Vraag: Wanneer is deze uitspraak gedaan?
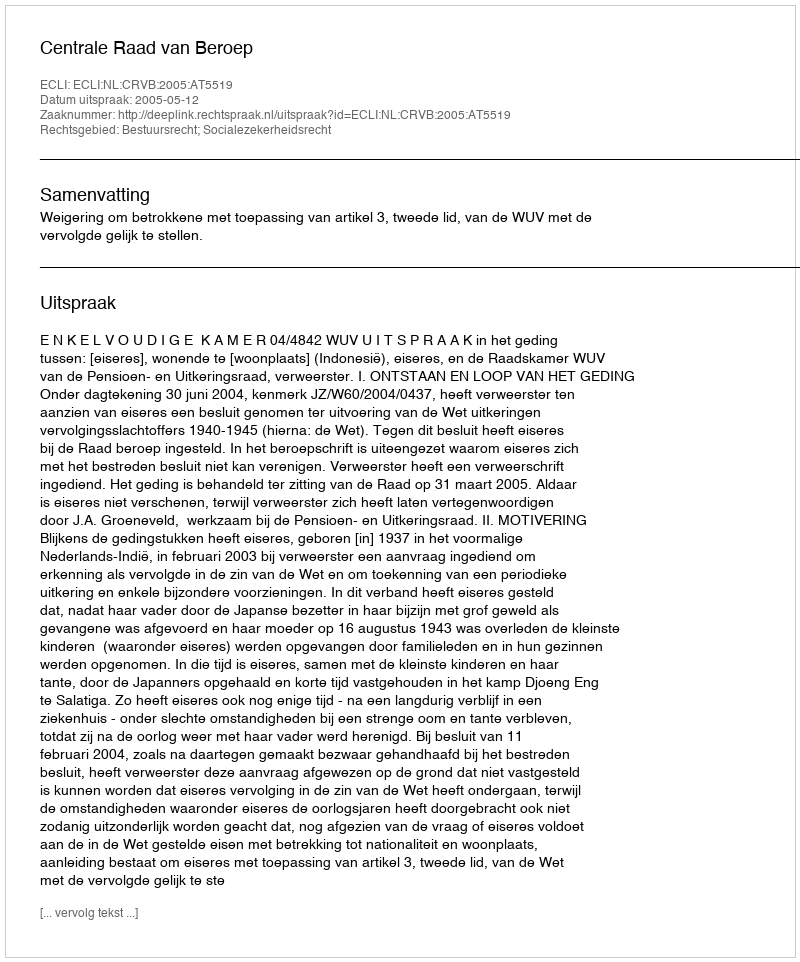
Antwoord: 2005-05-12